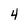
Character: 4